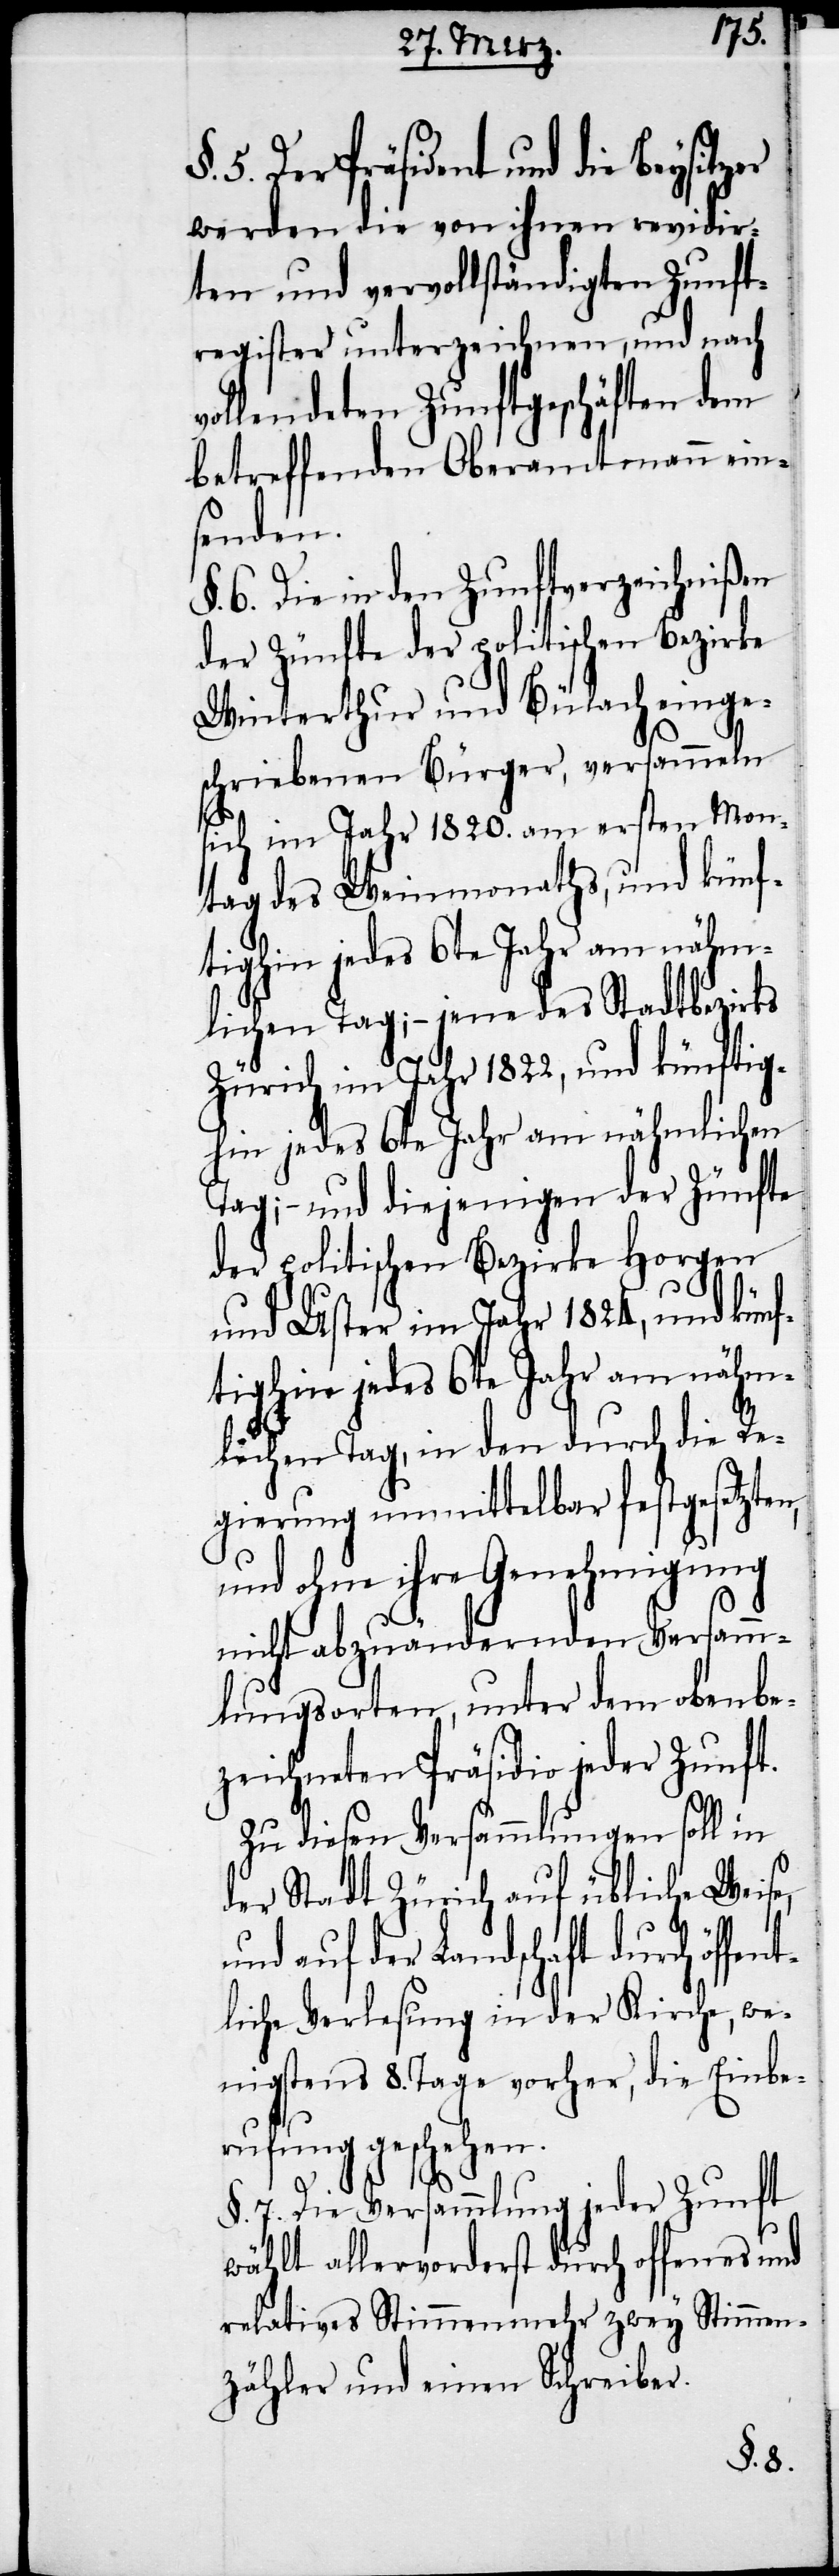
Präsident und die Beysitzer
werden die von ihnen revidir¬
ten und vervollständigten Zunft¬
register unterzeichnen, und nach
vollendeten Zunftgeschäften dem
betreffenden Oberamtmann ein¬
senden.
§. 6. Die in den Zunftverzeichnißen
der Zünfte der politischen Bezirke
Winterthur und Bülach einge¬
schriebenen Bürger, versammeln
sich im Jahr 1820. am ersten Mon¬
tag des Weinmonaths, und künf¬
lichen Tag; – jene des Stadtbezirks
Zürich im Jahr 1822, und künftig¬
hin jedes 6te Jahr am nähmlichen
Tag; – und diejenigen der Zünfte
der politischen Bezirke Horgen
und Uster im Jahr 1824, und künf¬
tighin jedes 6te Jahr am nähm¬
lichen Tag, in den durch die Re¬
gierung unmittelbar festgesetzten,
und ohne ihre Genehmigung
nicht abzuändernden Versamm¬
lungsorten, unter dem oben be¬
zeichneten Präsidio jeder Zunft.
Zu diesen Versammlungen soll in
der Stadt Zürich auf übliche Weise,
und auf der Landschaft durch öffe¬
liche Verlesung in der Kirche, we¬
nigstens 8. Tage vorher, die Einbe¬
rufung geschehen.
nt¬
§. 7. Die Versammlung jeder Zunft
wählt allervorderst durch offenes und
relatives Stimmenmehr zwey Stimmen¬
zähler und einen Schreiber.
§. 5.